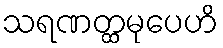
သရဏတ္ထမုပေဟိ